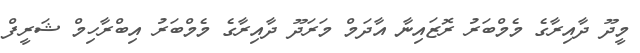
މީދޫ ދާއިރާގެ މެމްބަރު ރޮޒައިނާ އާދަމް މަރަދޫ ދާއިރާގެ މެމްބަރު އިބްރާހިމް ޝަރީފް